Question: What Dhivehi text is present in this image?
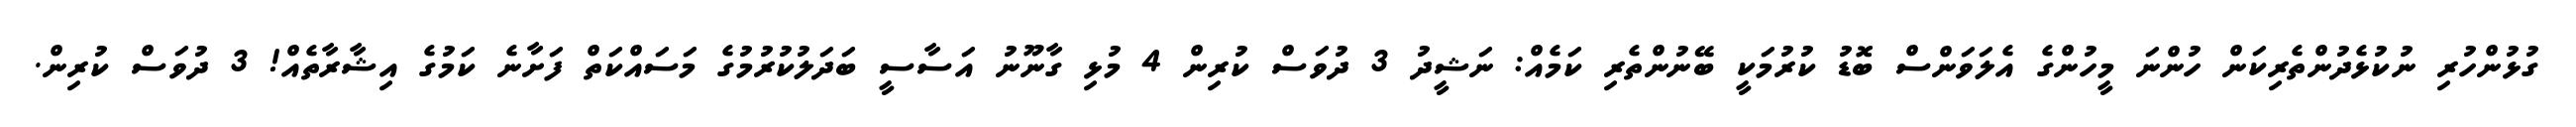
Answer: ގުޅުންހުރި ނުކުޅެދުންތެރިކަން ހުންނަ މީހުންގެ އެލަވަންސް ބޮޑު ކުރުމަކީ ބޭނުންތެރި ކަމެއް: ނަޝީދު 3 ދުވަސް ކުރިން 4 މުޅި ގާނޫނު އަސާސީ ބަދަލުކުރުމުގެ މަސައްކަތް ފަށާނެ ކަމުގެ އިޝާރާތެއް! 3 ދުވަސް ކުރިން.